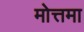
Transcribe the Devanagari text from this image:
मोत्तमा